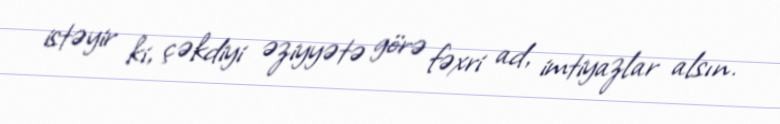
istəyir ki, çəkdiyi əziyyətə görə fəxri ad, imtiyazlar alsın.